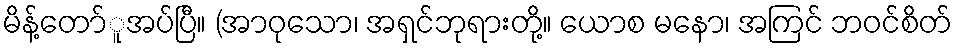
မိန့်တော်ူအပ်ပြီ။ (အာဝုသော၊ အရှင်ဘုရားတို့။ ယောစ မနော၊ အကြင် ဘဝင်စိတ်